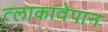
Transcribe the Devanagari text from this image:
त्लाकावेपान